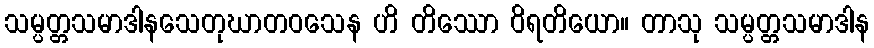
သမ္ပတ္တသမာဒါနသေတုဃာတဝသေန ဟိ တိဿော ဝိရတိယော။ တာသု သမ္ပတ္တသမာဒါန